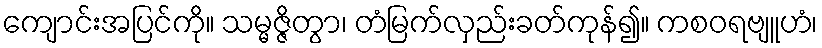
ကျောင်းအပြင်ကို။ သမ္မဇ္ဇိတွာ၊ တံမြက်လှည်းခတ်ကုန်၍။ ကစဝရဗျူဟံ၊